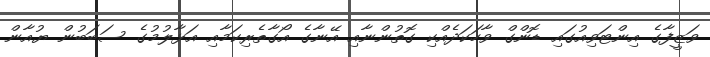
ވަޒީފާގެ އިންޓަވިއުގައި ޑޮންގް ވާހަކަދެއްކި ގޮތުންނާއި އޭނާގެ އޯގާތެރިކަމާއި އަޅާލުމުގެ ސަބަބުން ޔުއާން